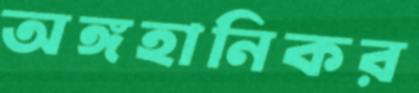
অঙ্গহানিকর